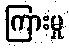
ကြားမှု